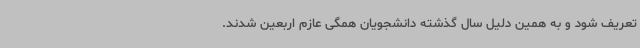
تعریف شود و به همین دلیل سال گذشته دانشجویان همگی عازم اربعین شدند.